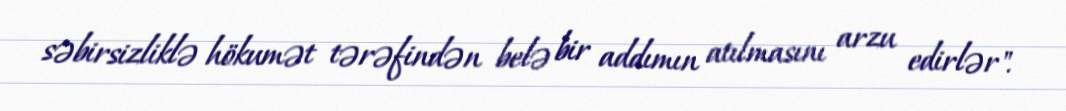
səbirsizliklə hökumət tərəfindən belə bir addımın atılmasını arzu edirlər".